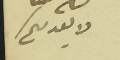
لا يعدمكم